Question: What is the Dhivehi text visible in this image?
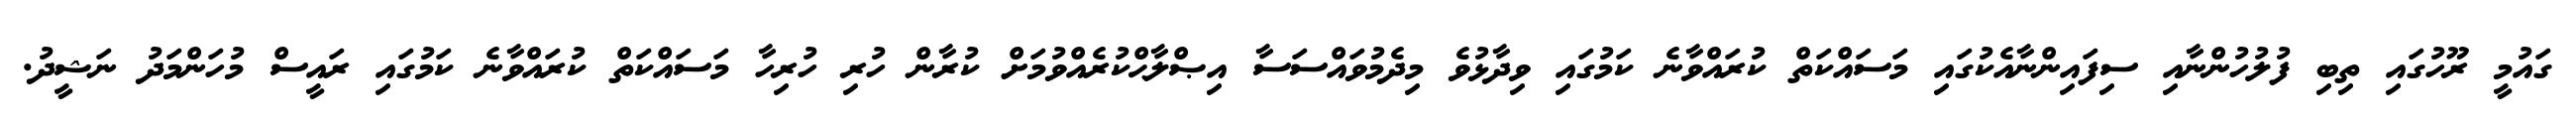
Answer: ގައުމީ ރޫހުގައި ތިބި ފުލުހުންނާއި ސިފައިންނާއެކުގައި މަސައްކަތް ކުރައްވާނެ ކަމުގައި ވިދާޅުވެ މިދެމުވައްސަސާ އިޞްލާޙްކުރެއްވުމަށް ކުރާން ހުރި ހުރިހާ މަސައްކަތް ކުރައްވާނެ ކަމުގައި ރައީސް މުހަންމަދު ނަޝީދު.